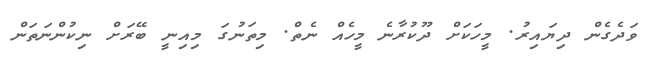
ވަދެގެން ދިޔައިރު. މީހަކަށް ދޫކުރާނެ މީހެއް ނެތް. މިތަނުގަ މިއިނީ ބޭރަށް ނިކުންނަތަން